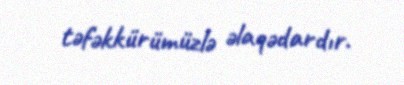
təfəkkürümüzlə əlaqədardır.